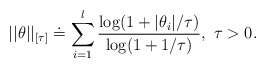
\begin{align*}||\theta||_{[\tau]} \doteq \sum \limits_{i=1}^l \frac{\log(1+|\theta_i|/\tau)}{\log(1+1/\tau)}, \ \tau>0.\end{align*}